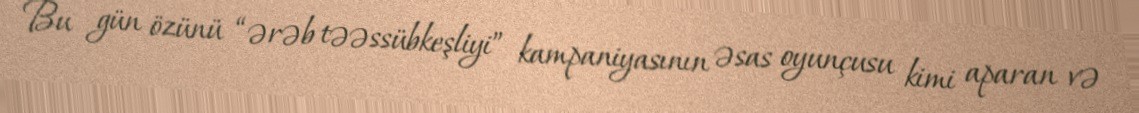
Bu gün özünü “ərəb təəssübkeşliyi” kampaniyasının əsas oyunçusu kimi aparan və